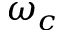
\omega _ { c }